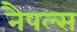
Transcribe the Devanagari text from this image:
नैपल्स